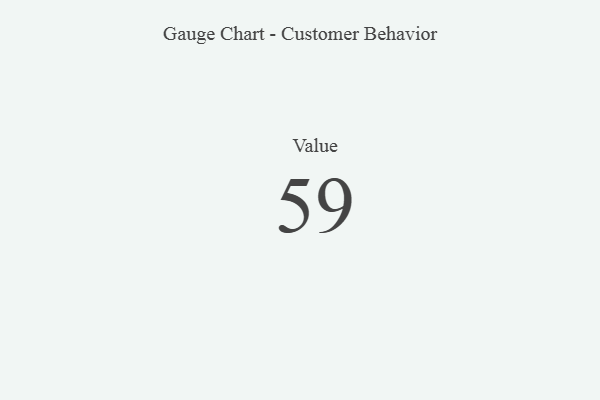
{"axis": {"x": "Metric", "y": "Value"}, "legend": [""], "data": [{"x": "Value", "y": 59, "type": ""}]}